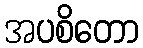
အပစိတော